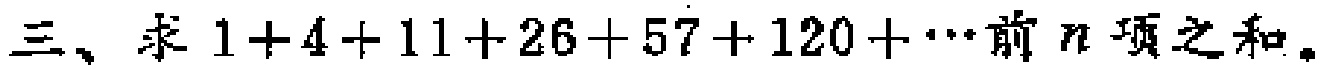
三、求 \(1 + 4 + 11 + 26 + 57 + 120 + \cdots\) 前 \(n\) 项之和。